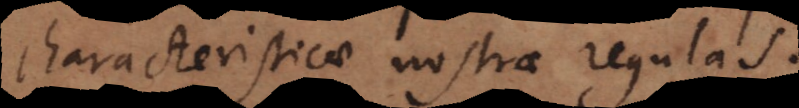
characteristicae nostrae regulas.